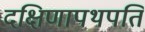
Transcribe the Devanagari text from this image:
दक्षिणापथपति